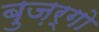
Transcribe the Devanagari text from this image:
बुज़र्गो